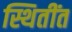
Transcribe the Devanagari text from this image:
स्थितींत